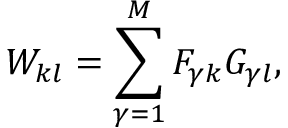
W _ { k l } = \sum _ { \gamma = 1 } ^ { M } F _ { \gamma k } G _ { \gamma l } ,